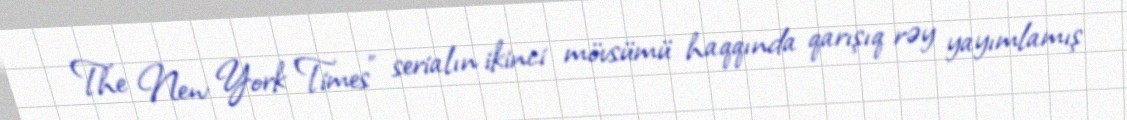
The New York Times" serialın ikinci mövsümü haqqında qarışıq rəy yayımlamış